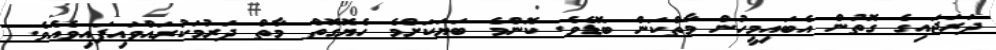
ދަރަޖައިގެ ގޮތުން އެބައިމީހުން މާތްކަން ބޮޑެވެ. ކޮންމެ ބަޔަކަށްމެ ހެޔޮގޮތް މާތް ދަރުމަކުރައްވައިފައިވެއެވެ.